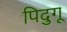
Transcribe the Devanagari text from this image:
पिदुगू